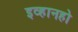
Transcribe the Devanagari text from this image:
इव्हानहो